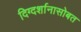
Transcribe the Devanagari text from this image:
दिग्दर्शानासोबत